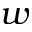
w